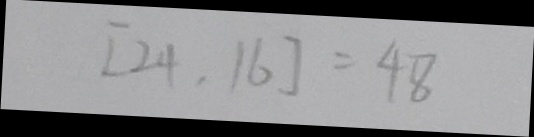
[ 2 4 , 1 6 ] = 4 8